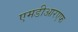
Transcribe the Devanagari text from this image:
एमडीआरएफ